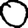
Digit: 0